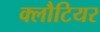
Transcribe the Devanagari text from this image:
क्लौटियर